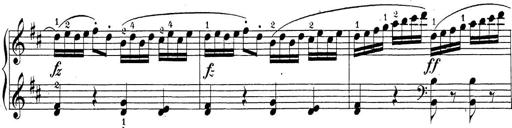
Title: Sonatina Album
Composer: Louis KÃ¶hler